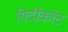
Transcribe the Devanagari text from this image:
गिर्दीकोट